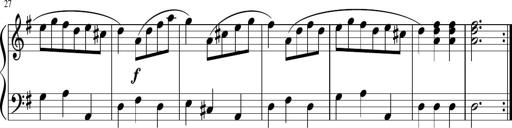
Title: 12 Keyboard Sonatinas
Composer: James Hook